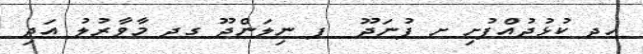
ހދ ކުޅުދުއްފުށި ށ ފުނަދޫ  ފ ނިލަންދޫ ގދ މާވާރުލު އަދި